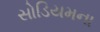
સોડિયમના